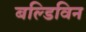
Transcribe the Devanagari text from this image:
बल्डिविन